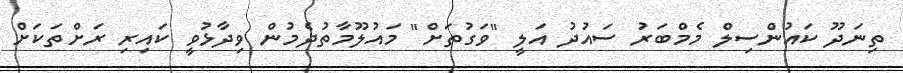
ތިނަދޫ ކައުންސިލް މެމްބަރު ސައުދު އަލީ "ވަގުތަށް" މައުލޫމާތުދެމުން ވިދާޅުވީ ކައިރި ރަށްތަކަށް